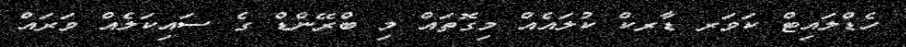
ހެޑްލައިޓް ކަވަރ ޑާރކް ކުލައެއް މިގޮތައް މި ބްރޭންޑް ގެ ސައިކަލެއް ވަރައް